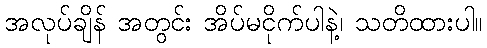
အလုပ်ချိန် အတွင်း အိပ်မငိုက်ပါနဲ့၊ သတိထားပါ။